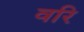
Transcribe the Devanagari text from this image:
वरि